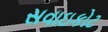
સવાઇકોટ